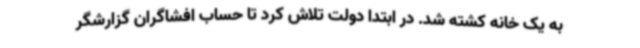
به یک خانه کشته شد. در ابتدا دولت تلاش کرد تا حساب افشاگران گزارشگر